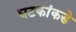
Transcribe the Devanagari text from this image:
घटकांकडे